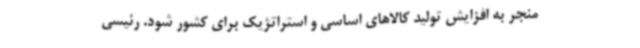
منجر به افزایش تولید کالاهای اساسی و استراتژیک برای کشور شود. رئیسی